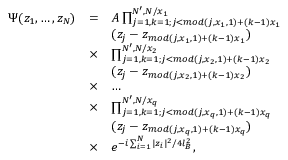
\begin{array} { l l l } { \Psi ( z _ { 1 } , \dots , z _ { N } ) } & { = } & { { \cal { A } } \prod _ { j = 1 , k = 1 ; j < m o d ( j , x _ { 1 } , 1 ) + ( k - 1 ) x _ { 1 } } ^ { N ^ { \prime } , N / x _ { 1 } } } \\ & & { ( z _ { j } - z _ { m o d ( j , x _ { 1 } , 1 ) + ( k - 1 ) x _ { 1 } } ) } \\ & { \times } & { \prod _ { j = 1 , k = 1 ; j < m o d ( j , x _ { 2 } , 1 ) + ( k - 1 ) x _ { 2 } } ^ { N ^ { \prime } , N / x _ { 2 } } } \\ & & { ( z _ { j } - z _ { m o d ( j , x _ { 2 } , 1 ) + ( k - 1 ) x _ { 2 } } ) } \\ & { \times } & { \dots } \\ & { \times } & { \prod _ { j = 1 , k = 1 ; j < m o d ( j , x _ { q } , 1 ) + ( k - 1 ) x _ { q } } ^ { N ^ { \prime } , N / x _ { q } } } \\ & & { ( z _ { j } - z _ { m o d ( j , x _ { q } , 1 ) + ( k - 1 ) x _ { q } } ) } \\ & { \times } & { e ^ { - i \sum _ { i = 1 } ^ { N } | z _ { i } | ^ { 2 } / 4 l _ { B } ^ { 2 } } , } \end{array}